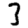
Digit: 3